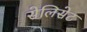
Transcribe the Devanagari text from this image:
सेलिसेट